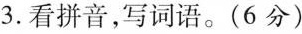
3.看拼音，写词语。(6分)